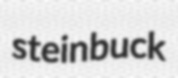
steinbuck